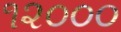
૧૨૦૦૦